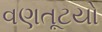
વણતૂટયો